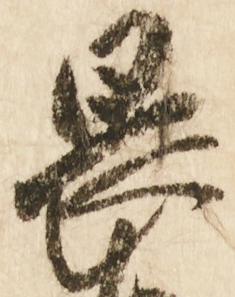
畏